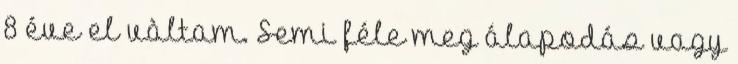
8 éve el vàltam. Semi féle meg álapodás vagy